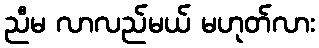
ညီမ လာလည်မယ် မဟုတ်လား